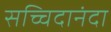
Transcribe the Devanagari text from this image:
सच्चिदानंदा